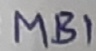
Text: MB1